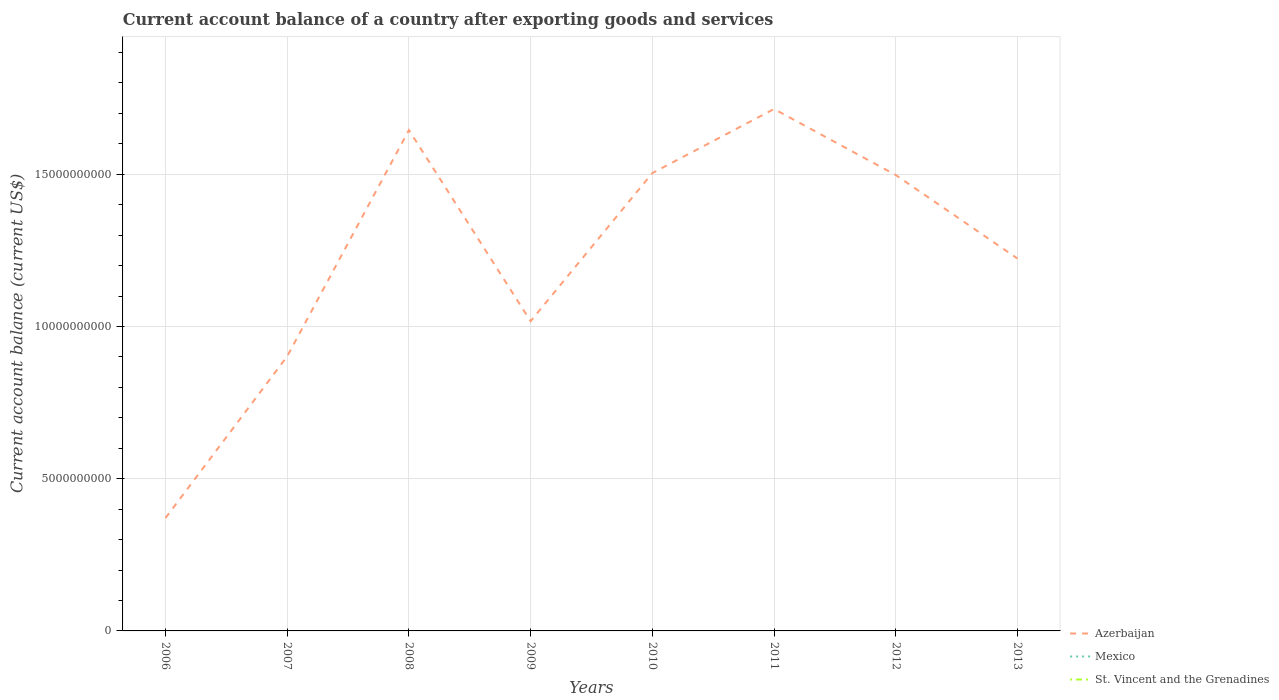
| Years | Azerbaijan | Mexico | St. Vincent and the Grenadines |
 | --- | --- | --- | --- |
 | 2006 | 3.71e+09 | -7.8e+09 | -1.19e+08 |
 | 2007 | 9.02e+09 | -1.47e+10 | -1.92e+08 |
 | 2008 | 1.65e+10 | -2.02e+10 | -2.3e+08 |
 | 2009 | 1.02e+10 | -8.32e+09 | -1.97e+08 |
 | 2010 | 1.5e+10 | -5.02e+09 | -2.08e+08 |
 | 2011 | 1.71e+10 | -1.33e+10 | -1.99e+08 |
 | 2012 | 1.5e+10 | -1.59e+10 | -1.93e+08 |
 | 2013 | 1.22e+10 | -3.04e+10 | -2.1e+08 |